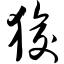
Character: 狻